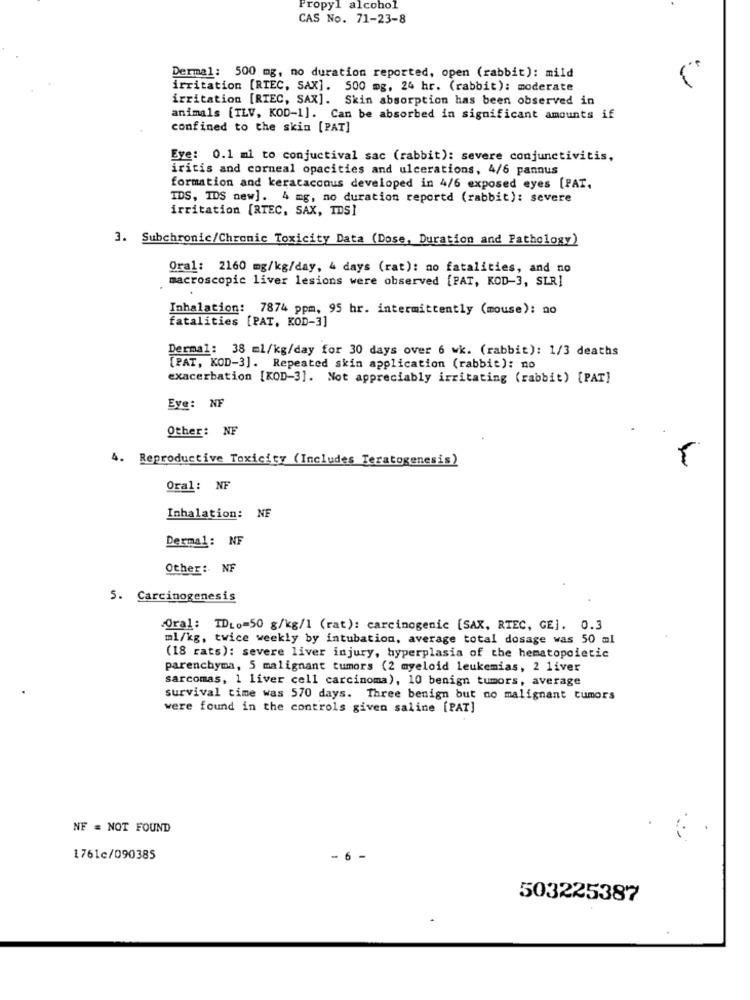
Propyl alcohol
CAS No. 71-23-8
Dermal: 500 mg, no duration reported, open (rabbit): mild
irritation [RIEC, SAX]. 500 mg, 24 hr. (rabbit): moderate
irritation [RTEC, SAX]. Skin absorption has been observed in
animals [TLV, KOD-1]. Can be absorbed in significant amounts if
confined to the skin [PAT]
Eve: 0.1 ml to conjuctival sac (rabbit): severe conjunctivitis,
iritis and corneal opacities and ulcerations, 4/6 pannus
formation and kerataconus developed in 4/6 exposed eyes [PAT,
IDS, IDS new]. 4 mg, no duration reportd (rabbit): severe
irritation [RTEC, SAX, TDS]
3. Subchronic/Chronic Toxicity Data (Dose, Duration and Pathology)
Oral: 2160 mg/kg/day, 4 days (rat): no fatalities, and no
macroscopic liver lesions were observed [PAT, KOD-3, SLR]
Inhalation: 7874 ppm, 95 hr. intermittently (mouse): no
fatalities [PAT, KOD-3]
Dermal: 38 ml/kg/day for 30 days over 6 wk. (rabbit): 1/3 deaths
[PAT, KOD-3]. Repeated skin application (rabbit): no
exacerbation [KOD-3]. Not appreciably irritating (rabbit) [PAT]
Eye: NF
Other: NF
4. Reproductive Toxicity (Includes Teratogenesis)
Oral: NF
Inhalation: NF
Dermal: NF
Other :. NF
5. Carcinogenesis
Oral: TDLo=50 g/kg/1 (rat): carcinogenic [SAX, RTEC, GE]. 0.3
ml/kg, twice weekly by intubation, average total dosage was 50 ml
(18 rats): severe liver injury, hyperplasia of the hematopoietic
parenchyma, 5 malignant tumors (2 myeloid leukemias, 2 liver
sarcomas, 1 liver cell carcinoma), 10 benign tumors, average
survival time was 570 days. Three benign but no malignant tumors
were found in the controls given saline [PAT]
NF = NOT FOUND
1761c/090385
503225387